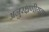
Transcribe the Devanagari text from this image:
अनुरक्षणीयता